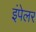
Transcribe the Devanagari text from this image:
इंपेलर